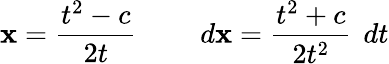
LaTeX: \mathbf{x}={\frac{{t^{2}-c}}{{2t}}}\quad\quad\ d\mathbf{x}={\frac{{t^{2}+c}}{{2t^{2}}}}\, \ dt